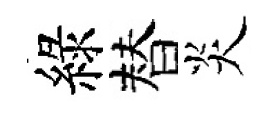
綠替炎